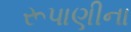
રૂપાણીના